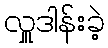
လှူဒါန်းခဲ့